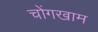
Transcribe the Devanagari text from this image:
चोंगखाम